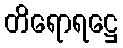
တိရောရဋ္ဌေ